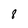
Character: 8